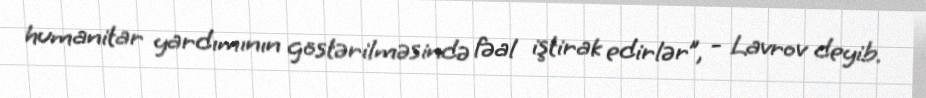
humanitar yardımının göstərilməsində fəal iştirak edirlər”, - Lavrov deyib.